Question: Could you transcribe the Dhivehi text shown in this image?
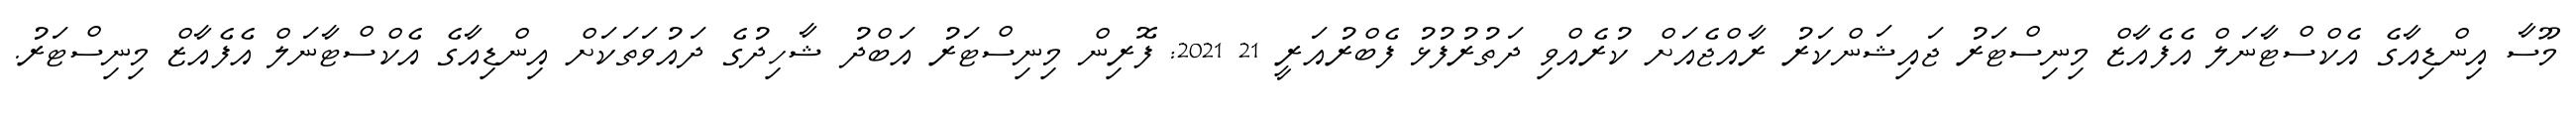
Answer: މޫސާ އިންޑިއާގެ އެކްސްޓާނަލް އެފެއާޒް މިނިސްޓަރު ޖައިޝަންކަރު ރާއްޖެއަށް ކުރެއްވި ދަތުރުފުޅު ފެބްރުއަރީ 21 2021: ފޮރިން މިނިސްޓަރު އަބްދު ޝާހިދުގެ ދައުވަތަކަށް އިންޑިއާގެ އެކްސްޓާނަލް އެފެއާޒް މިނިސްޓަރު.